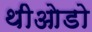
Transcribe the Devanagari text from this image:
थीओडो